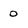
Character: 0